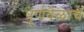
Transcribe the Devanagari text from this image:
पूर्णवेळाचे